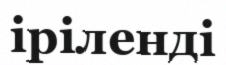
іріленді